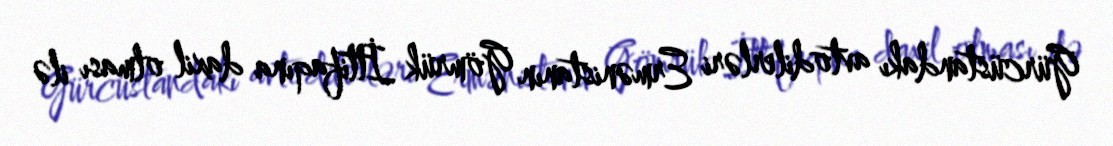
Gürcüstandakı avtodilerləri Ermənistanın Gömrük İttifaqına daxil olması ilə